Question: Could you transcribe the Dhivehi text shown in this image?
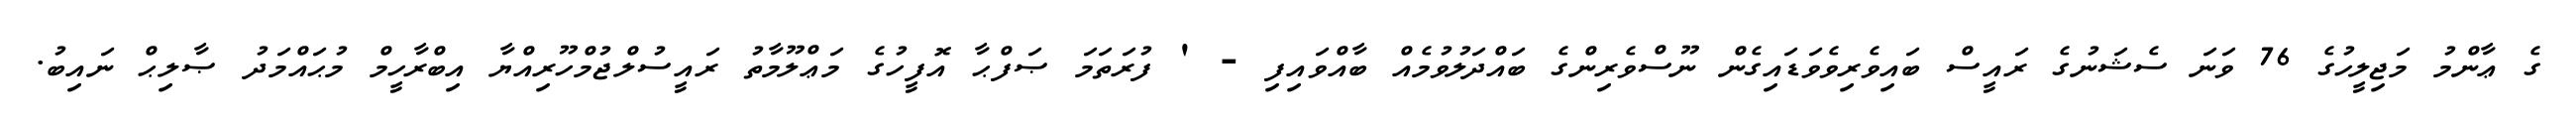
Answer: ގެ ޢާންމު މަޖިލީހުގެ 76 ވަނަ ސެޝަނުގެ ރައީސް ބައިވެރިވެވަޑައިގެން ނޫސްވެރިންގެ ބައްދަލުވުމެއް ބާއްވައިފި - ' ފުރަތަމަ ޞަފްޙާ އޮފީހުގެ މަޢްލޫމާތު ރައީސުލްޖުމްހޫރިއްޔާ އިބްރާހީމް މުޙައްމަދު ޞާލިޙް ނައިބު.